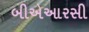
બીએઆરસી